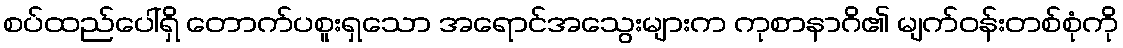
စပ်ထည်ပေါ်ရှိ တောက်ပစူးရှသော အရောင်အသွေးများက ကုစာနာဂိ၏ မျက်ဝန်းတစ်စုံကို